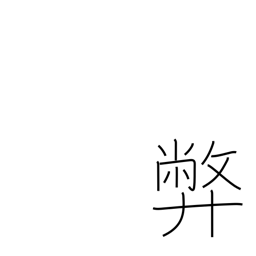
Meaning: vice